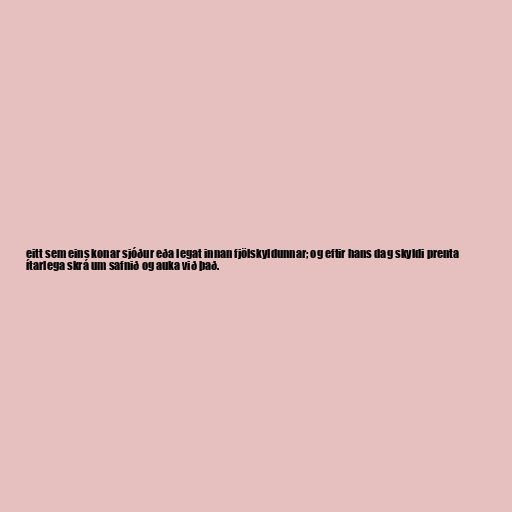
eitt sem eins konar sjóður eða legat innan fjölskyldunnar; og eftir hans dag skyldi prenta
ítarlega skrá um safnið og auka við það.